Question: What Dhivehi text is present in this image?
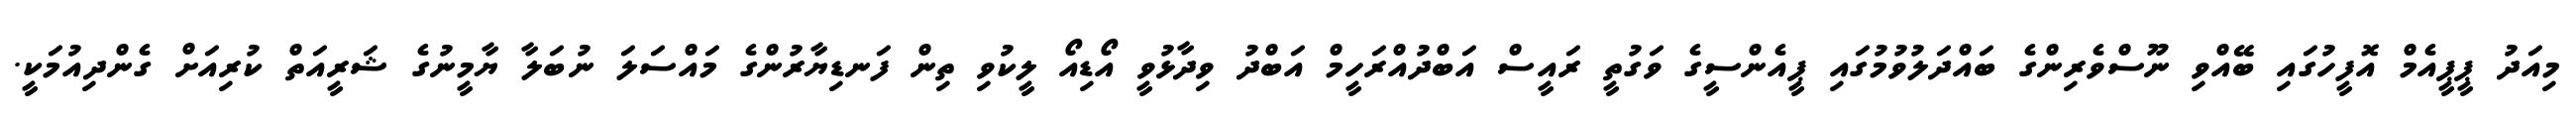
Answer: މިއަދު ޕީޕީއެމް އޮފީހުގައި ބޭއްވި ނޫސްވެރިންގެ ބައްދަލުވުމުގައި ޕީއެންސީގެ ވަގުތީ ރައީސް އަބްދުއްރަހީމް އަބްދު ވިދާޅުވީ އޯޑިއޯ ލީކުވި ތިން ފަނޑިޔާރުންގެ މައްސަލަ ނުބަލާ ޔާމީނުގެ ޝަރީއަތް ކުރިއަށް ގެންދިއުމަކީ.